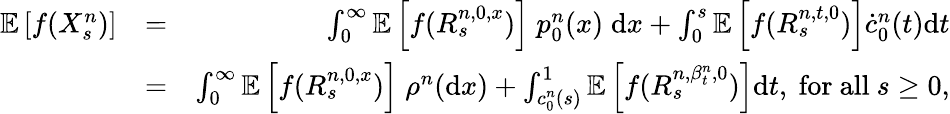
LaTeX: \begin{array}{rlr}{\mathbb{E}\left[f(X_{s}^{n})\right]}&{=}&{\int_{0}^{\infty}\mathbb{E}\left[f(R_{s}^{n,0,x})\right]\; p_{0}^{n}(x)\; \mathrm{d}x+\int_{0}^{s}\mathbb{E}\left[f(R_{s}^{n,t,0})\right]\dot{c}_{0}^{n}(t)\mathrm{d}t}\\ &{=}&{\int_{0}^{\infty}\mathbb{E}\left[f(R_{s}^{n,0,x})\right]\; \rho^{n}(\mathrm{d}x)+\int_{c_{0}^{n}(s)}^{1}\mathbb{E}\left[f(R_{s}^{n,\beta_{t}^{n},0})\right]\mathrm{d}t,~\mathrm{for~all}~s\ge 0,}\end{array}